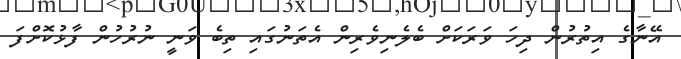
އޭނާގެ އިތުރުން ދިހަ ވަރަކަށް ބެލެނިވެރިން އެތަނުގައި ތިބެ ވަނީ ނުރުހުން ފާޅުކޮށްފަ